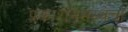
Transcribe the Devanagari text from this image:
प्रकाशनसंस्थेचा